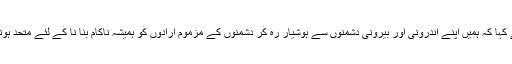
انہوں نے کہا کہ ہمیں اپنے اندرونی اور بیرونی دشمنوں سے ہوشیار رہ کر دشمنوں کے مزموم ارادوں کو ہمیشہ ناکام بنا نا کے لئے متحد ہونا چاہئے۔